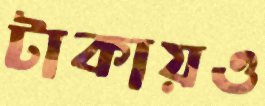
টাকায়ও